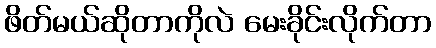
ဖိတ်မယ်ဆိုတာကိုလဲ မေးခိုင်းလိုက်တာ